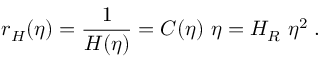
r _ { H } ( \eta ) = \frac { 1 } { H ( \eta ) } = C ( \eta ) ~ \eta = H _ { R } ~ \eta ^ { 2 } \; .